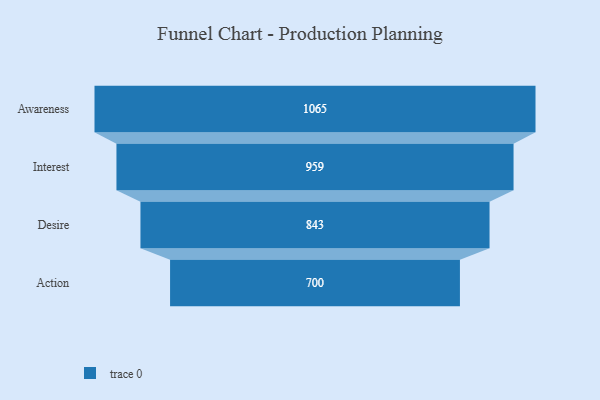
{"axis": {"x": "Stage", "y": "Value"}, "legend": [""], "data": [{"x": "Awareness", "y": 1065.0, "type": ""}, {"x": "Interest", "y": 959.0, "type": ""}, {"x": "Desire", "y": 843.0, "type": ""}, {"x": "Action", "y": 700.0, "type": ""}]}